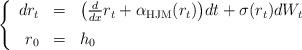
LaTeX: \begin{align*}\left\{\begin{array}{rcl}dr_t & = & \big( \frac{d}{dx} r_t + \alpha_{\rm HJM}(r_t) \big) dt +\sigma(r_{t})dW_t\medskip\\ r_0 & = & h_0\end{array}\right.\end{align*}